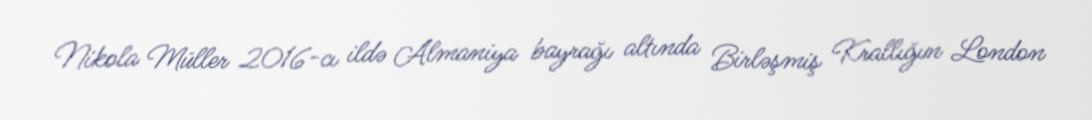
Nikola Müller 2016-cı ildə Almaniya bayrağı altında Birləşmiş Krallığın London